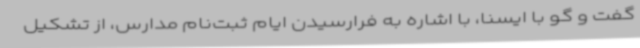
گفت و گو با ایسنا، با اشاره به فرارسیدن ایام ثبت‌نام مدارس، از تشکیل